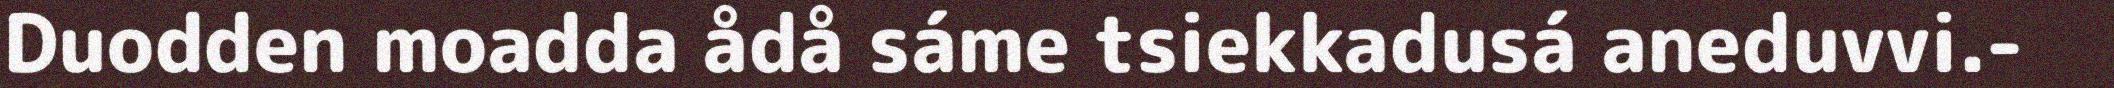
Duodden moadda ådå sáme tsiekkadusá aneduvvi.-